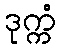
ဒုက္ကံ